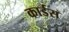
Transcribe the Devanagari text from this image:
कार्डस